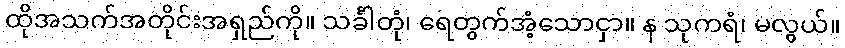
ထိုအသက်အတိုင်းအရှည်ကို။ သင်္ခါတုံ၊ ရေတွက်အံ့သောငှာ။ န သုကရံ၊ မလွယ်။